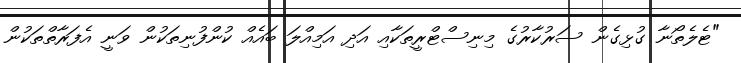
"ޓެލެތޯނާ ގުޅިގެން ސަރުކާރުގެ މިނިސްޓްރީތަކާއި އަދި އަމިއްލަ ބައެއް ކުންފުނިތަކުން ވަނީ އެފަރާތްތަކުން